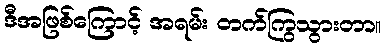
ဒီအဖြစ်ကြောင့် အရမ်း တက်ကြွသွားတာ။